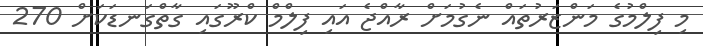
މި ފިލްމުގެ މަންޒަރުތައް ނެގުމަށް ރާއްޖެ އައި ފިލްމް ކްރޫގައި ގާތްގަނޑަކަށް 270